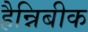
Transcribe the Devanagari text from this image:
हैन्निबीक